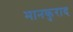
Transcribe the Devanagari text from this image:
मानकुराद